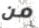
من